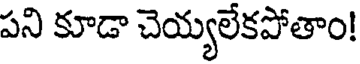
పని కూడా చెయ్యలేకపోతాం!